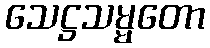
သေဋ္ဌသမ္မတော